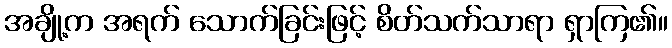
အချို့က အရက် သောက်ခြင်းဖြင့် စိတ်သက်သာရာ ရှာကြ၏။